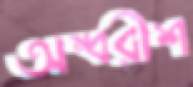
অম্বরীশ